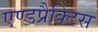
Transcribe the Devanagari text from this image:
एण्डप्रैक्टिस